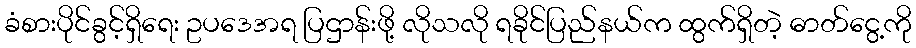
ခံစားပိုင်ခွင့်ရှိရေး ဥပဒေအရ ပြဌာန်းဖို့ လိုသလို ရခိုင်ပြည်နယ်က ထွက်ရှိတဲ့ ဓာတ်ငွေ့ကို